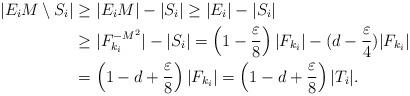
LaTeX: \begin{align*} |E_iM \setminus S_i| & \geq |E_iM| - |S_i| \geq |E_i| - |S_i| \\ & \geq |F_{k_i}^{-M^2}| - |S_i| = \left(1-\frac{\varepsilon}{8} \right) |F_{k_i}| - (d-\frac{\varepsilon}{4}) |F_{k_i}| \\ & = \left( 1 - d + \frac{\varepsilon}{8} \right)|F_{k_i}|=\left( 1 - d + \frac{\varepsilon}{8} \right)|T_i|. \end{align*}